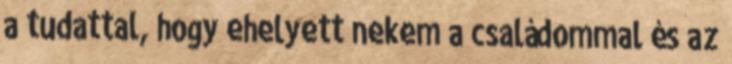
a tudattal, hogy ehelyett nekem a családommal és az